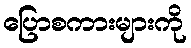
ပြောစကားများကို